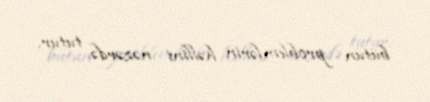
bütün problemlərin həllini nəzərdə tutur.